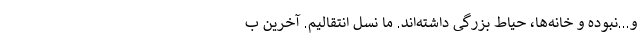
و…نبوده و خانه‌ها، حیاط بزرگی داشته‌اند. ما نسل انتقالیم. آخرین ب